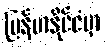
မြန်မာနိုင်ငံမှာ